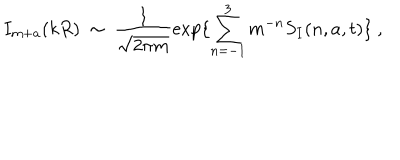
LaTeX: I _ { m + a } ( k R ) \ \sim \ \frac { 1 } { \sqrt { 2 \pi m } } \exp \{ \sum _ { n = - 1 } ^ { 3 } m ^ { - n } S _ { I } ( n , a , t ) \} \ ,